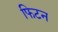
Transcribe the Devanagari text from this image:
फिटन